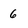
Character: 6